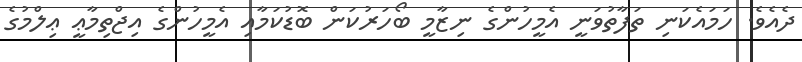
ދެއެވެ. ހަމައެކަނި ތަފާތުވަނީ އެމީހުންގެ ނިޒާމީ ބޯހަރުކަން ބޮޑުކަމާއި އެމީހުންގެ އިޖްތިމާޢީ ޢިލްމުގެ